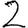
Digit: 2